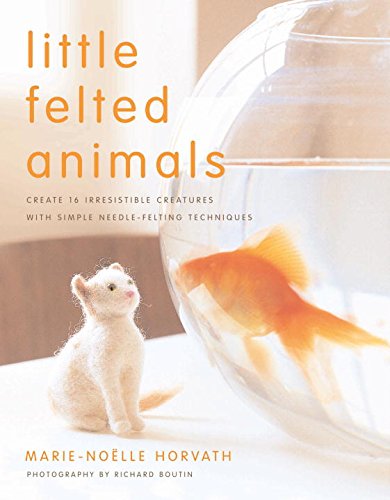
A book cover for Little Felted Animals: Create 16 Irresistible Creatures with Simple Needle-Felting Techniques; Marie-Noelle Horvath; Crafts, Hobbies & Home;